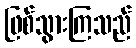
ဖြစ်သွားကြသည်